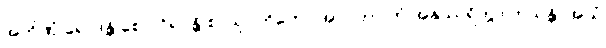
အဘိဏှံ ရောဒန္တိ စေဝ ဝိရဝန္တိ စ, သုဂတိတော အာဂတာ တံ အနုဿရိတွာ ဟသန္တိ, အယံ